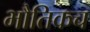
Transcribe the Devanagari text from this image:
भौतिकच